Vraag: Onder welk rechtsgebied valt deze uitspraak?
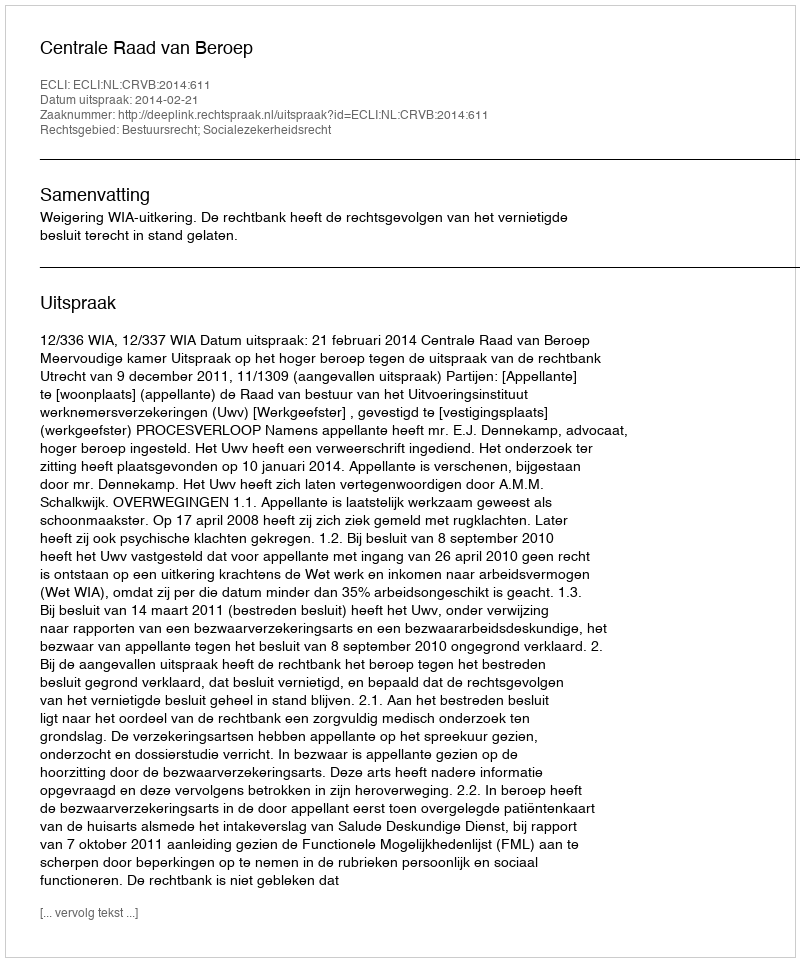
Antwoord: Bestuursrecht; Socialezekerheidsrecht